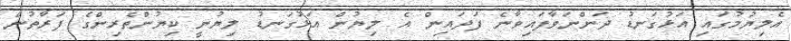
އެލިޔުމުގައި އަޅުގަނޑު ދަންނަވާފައިވާނެ ފަދައިން އެ ލިޔުން އަޅުގަނޑު ލިޔުނީ ކިޔުންތެރިންގެ ފަރާތުން